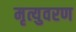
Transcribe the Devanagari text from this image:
मृत्युवरण